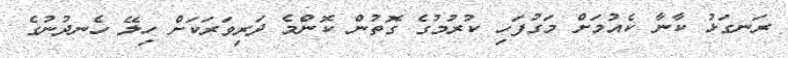
ރަނގަޅު ކާނާ ކެއުމަށް މަގުފަހި ކުރުމުގެ ގޮތުން ކޮންމެ ދަރިވަރަކަށް ހިލޭ ހެނދުނުގެ